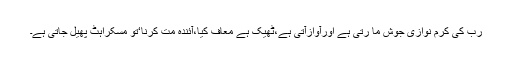
رب کی کرم نوازی جوش ما رتی ہے اورآوازآتی ہے،ٹھیک ہے معاف کیا،آئندہ مت کرنا‘تو مسکراہٹ پھیل جاتی ہے۔